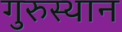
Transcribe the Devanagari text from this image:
गुरुस्थान